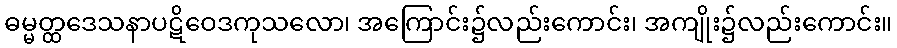
ဓမ္မတ္ထဒေသနာပဋိဝေဒကုသလော၊ အကြောင်း၌လည်းကောင်း၊ အကျိုး၌လည်းကောင်း။